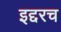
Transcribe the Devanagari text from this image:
इद्दरच